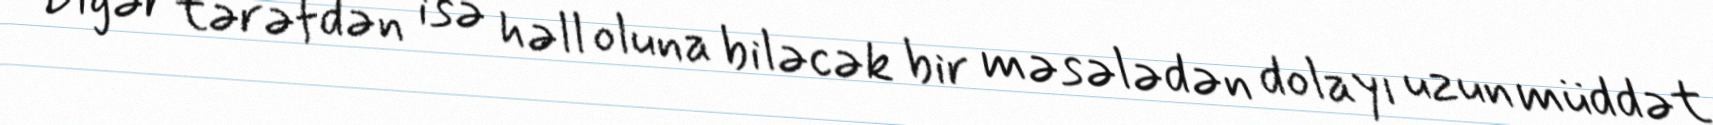
Digər tərəfdən isə həll oluna biləcək bir məsələdən dolayı uzun müddət